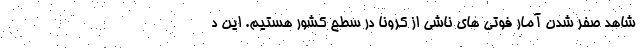
شاهد صفر شدن آمار فوتی های ناشی از کرونا در سطح کشور هستیم. این د